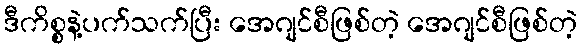
ဒီကိစ္စနဲ့ပက်သက်ပြီး အေဂျင်စီဖြစ်တဲ့ အေဂျင်စီဖြစ်တဲ့